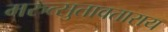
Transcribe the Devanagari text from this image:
मरुत्सुतावताराय